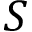
S